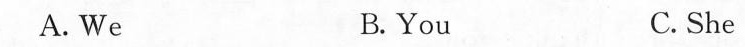
A. We B.You C. She